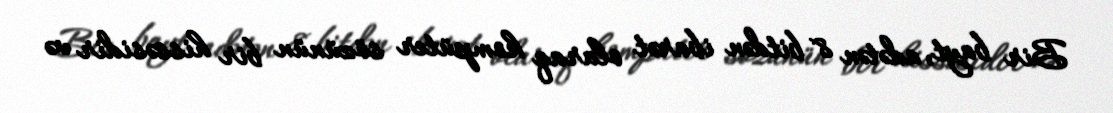
Bir bayt, adətən 8 bitdən ibarət olaraq kompüter sözünün bir hissəsidir və